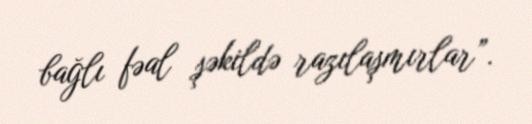
bağlı fəal şəkildə razılaşmırlar”.